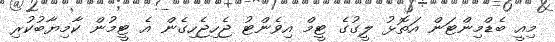
މިއީ ބެޑްމިންޓަން އަތޮޅު ލީގުގެ ޓީމް އިވެންޓު ޖެހިޖެހިގެން އެ ޓީމުން ކާމިޔާބުކުރި